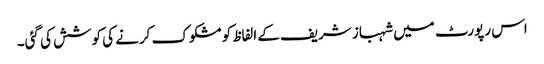
اس رپورٹ میں شہباز شریف کے الفاظ کو مشکوک کرنے کی کوشش کی گئی۔